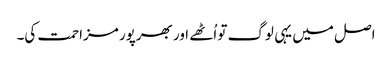
اصل میں یہی لوگ تو اُٹھے اور بھرپور مزاحمت کی۔